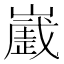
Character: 𰎻